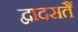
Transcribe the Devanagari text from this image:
द्वादसतैं